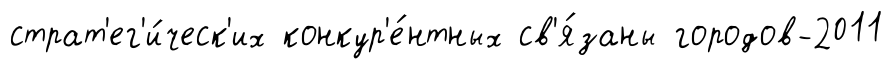
страт'ег'и́ческ'их конкур'е́нтных св'я́заны городов-2011